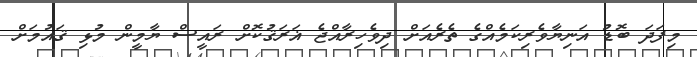
މިފަދަ ބޮޑު އަނިޔާވެރިކަމެއްގެ ތެރެއަށް ދިވެހިރާއްޖެ ޣަރަޤުކޮށް ރައީސް ޔާމީން މުޅި ޤައުމަށް